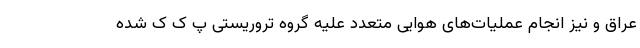
عراق و نیز انجام عملیات‌های هوایی متعدد علیه گروه تروریستی پ ک ک شده